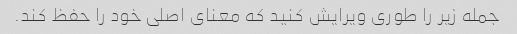
جمله زیر را طوری ویرایش کنید که معنای اصلی خود را حفظ کند.